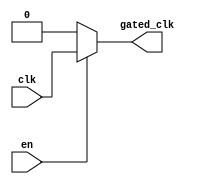
module ClockGatingBuffer (
    input wire clk,       // Main clock signal
    input wire en,        // Enable signal for clock gating
    output reg gated_clk  // Gated clock output
);

// Asynchronous clock gating logic
always @(*) begin
    if (en) begin
        gated_clk = clk;  // When enabled, pass through the main clock
    end else begin
        gated_clk = 1'b0; // When not enabled, output low
    end
end

endmodule